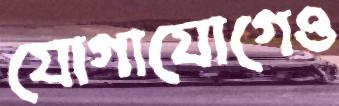
যোগাযোগেও